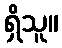
ရှိသူ။